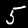
Label: 5